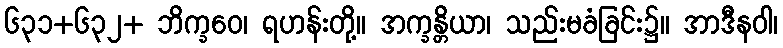
၆၃၁+၆၃၂+ ဘိက္ခဝေ၊ ရဟန်းတို့။ အက္ခန္တိယာ၊ သည်းမခံခြင်း၌။ အာဒီနဝါ၊